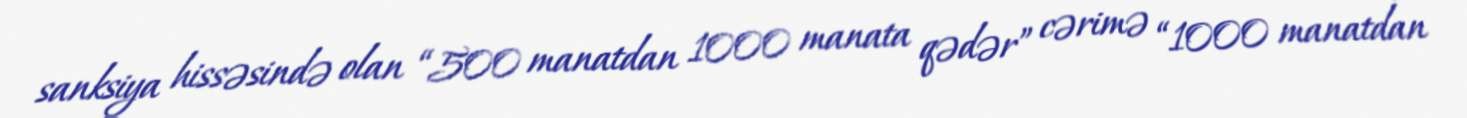
sanksiya hissəsində olan “500 manatdan 1000 manata qədər” cərimə “1000 manatdan